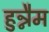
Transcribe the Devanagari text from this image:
हुन्नैम